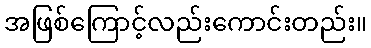
အဖြစ်ကြောင့်လည်းကောင်းတည်း။